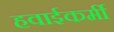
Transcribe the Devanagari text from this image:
हवाईकर्मी